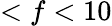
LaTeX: <f<10